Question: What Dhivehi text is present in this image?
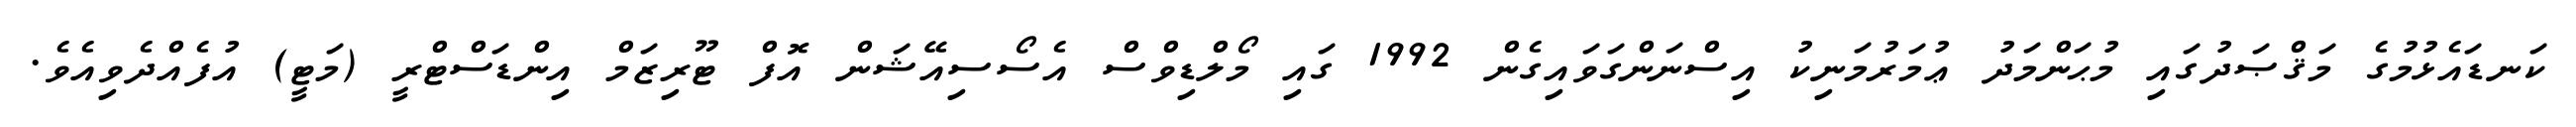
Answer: ކަނޑައެޅުމުގެ މަޤްޞަދުގައި މުޙަންމަދު ޢުމަރުމަނިކު އިސްނަންގަވައިގެން 1992 ގައި މޯލްޑިވްސް އެސޯސިއޭޝަން އޮފް ޓޫރިޒަމް އިންޑަސްޓްރީ (މަޓީ) އުފެއްދެވިއެވެ.